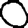
Digit: 0